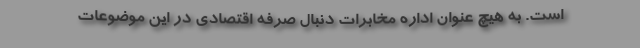
است. به هیچ عنوان اداره مخابرات دنبال صرفه اقتصادی در این موضوعات